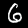
Label: 6